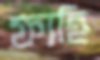
ফাহি